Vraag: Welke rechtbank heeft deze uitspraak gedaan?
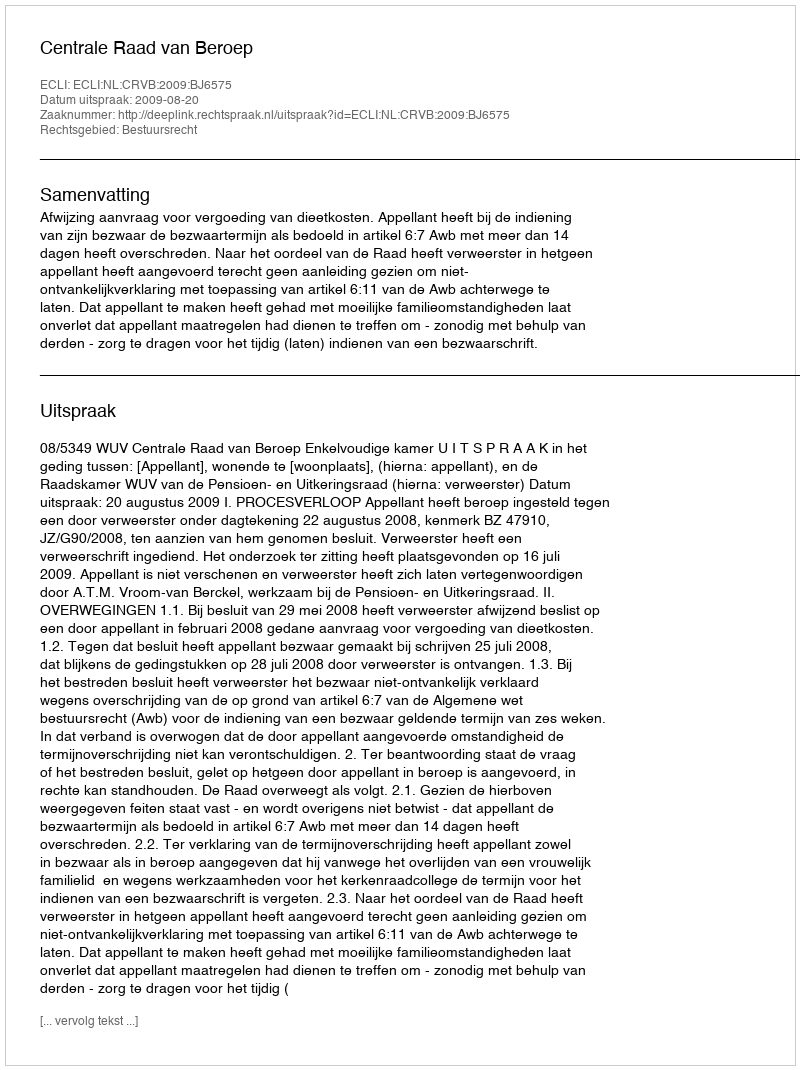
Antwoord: Centrale Raad van Beroep